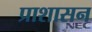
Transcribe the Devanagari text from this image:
प्राशासन